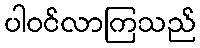
ပါဝင်လာကြသည်